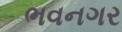
ભવનગર